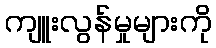
ကျူးလွန်မှုများကို